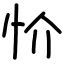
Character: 忦